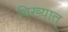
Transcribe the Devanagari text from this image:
विख्यात्